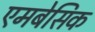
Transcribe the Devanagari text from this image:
एमबेसिक